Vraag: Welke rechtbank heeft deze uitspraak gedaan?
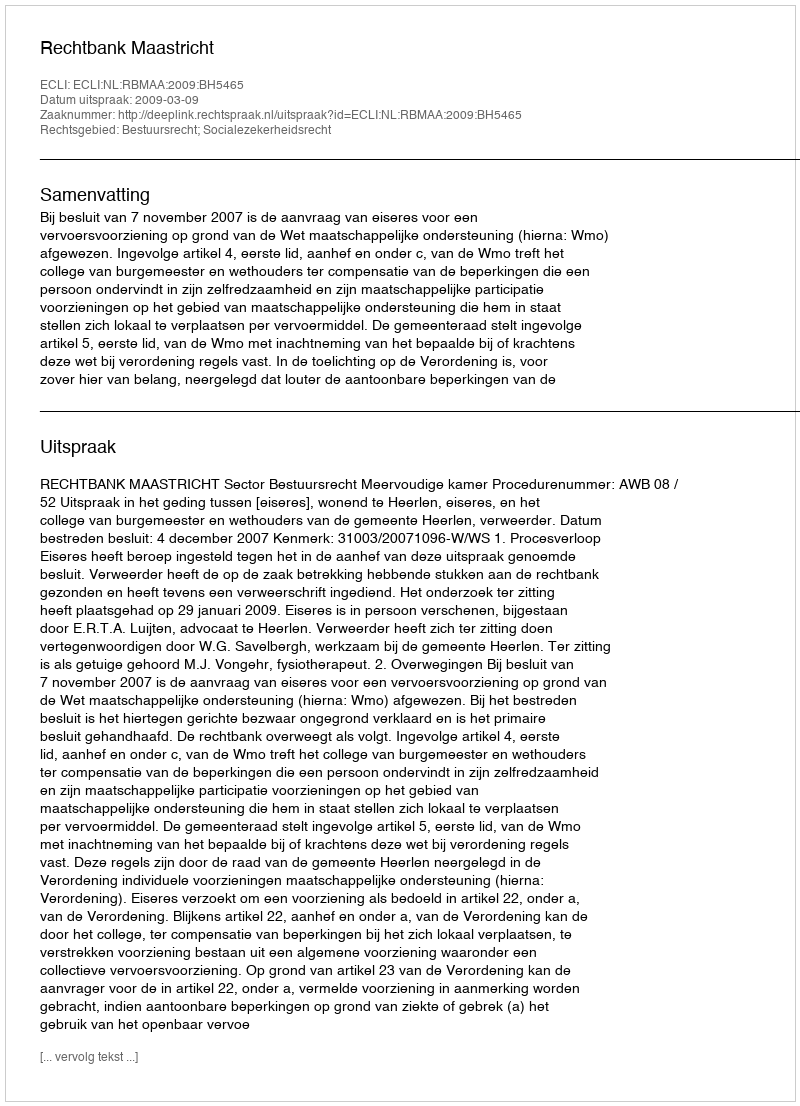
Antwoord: Rechtbank Maastricht